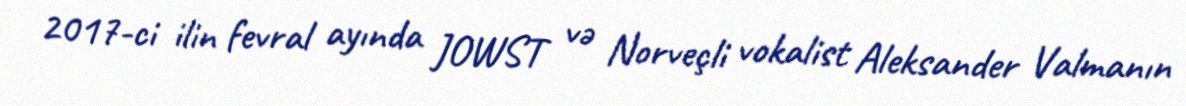
2017-ci ilin fevral ayında JOWST və Norveçli vokalist Aleksander Valmanın